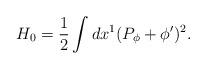
LaTeX: \begin{align*}H_0={1\over 2}\int dx^1(P_\phi+\phi')^2.\end{align*}